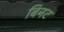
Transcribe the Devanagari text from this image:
बिनट